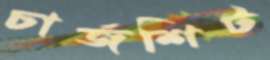
চার্জশিট